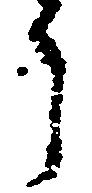
う